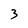
Character: 3